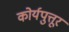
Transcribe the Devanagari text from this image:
कोर्यपुत्तूर